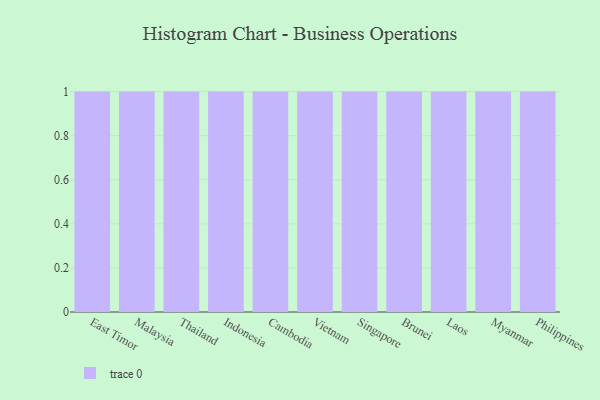
{"axis": {"x": "Country", "y": "Gross Profit (USD K)"}, "legend": [""], "data": [{"x": "East Timor", "y": 71, "type": ""}, {"x": "Malaysia", "y": 12, "type": ""}, {"x": "Thailand", "y": 43, "type": ""}, {"x": "Indonesia", "y": 76, "type": ""}, {"x": "Cambodia", "y": 86, "type": ""}, {"x": "Vietnam", "y": 39, "type": ""}, {"x": "Singapore", "y": 44, "type": ""}, {"x": "Brunei", "y": 9, "type": ""}, {"x": "Laos", "y": 59, "type": ""}, {"x": "Myanmar", "y": 12, "type": ""}, {"x": "Philippines", "y": 33, "type": ""}]}